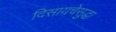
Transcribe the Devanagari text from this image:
दिसायचेसुद्धा